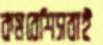
কমবেশিসবাই